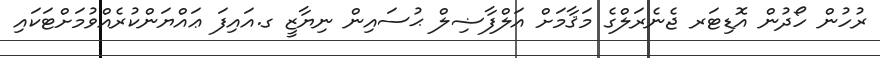
ރުހުން ހޯދުން އޮޑިޓަރ ޖެނެރަލްގެ މަޤާމަށް އަލްފާޟިލް ޙުސައިން ނިޔާޒީ ގ.އައިފަ ޢައްޔަންކުރެއްވުމަށްޓަކައި